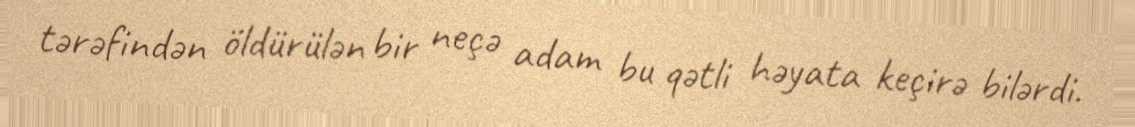
tərəfindən öldürülən bir neçə adam bu qətli həyata keçirə bilərdi.